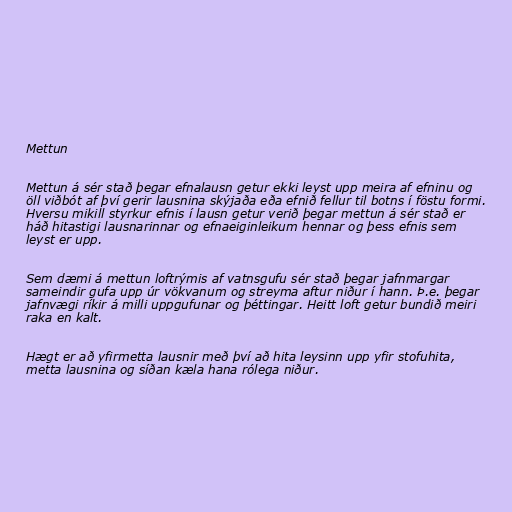
Mettun

Mettun á sér stað þegar efnalausn getur ekki leyst upp meira af efninu og
öll viðbót af því gerir lausnina skýjaða eða efnið fellur til botns í föstu formi.
Hversu mikill styrkur efnis í lausn getur verið þegar mettun á sér stað er
háð hitastigi lausnarinnar og efnaeiginleikum hennar og þess efnis sem
leyst er upp.

Sem dæmi á mettun loftrýmis af vatnsgufu sér stað þegar jafnmargar
sameindir gufa upp úr vökvanum og streyma aftur niður í hann. Þ.e. þegar
jafnvægi ríkir á milli uppgufunar og þéttingar. Heitt loft getur bundið meiri
raka en kalt.

Hægt er að yfirmetta lausnir með því að hita leysinn upp yfir stofuhita,
metta lausnina og síðan kæla hana rólega niður.